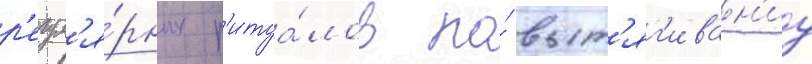
р'егул'я́рных р'итуа́лов по́ выт'яг'иван'иу